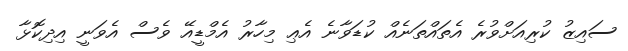
ސައިޒު ކުރިއަށްވުރެ އެތައްތަނެއް ކުޑަވާނެ އެޢި މިހާރު އެމްޑީއޭ ވެސް އެވަނީ އިދިކޮޅާ